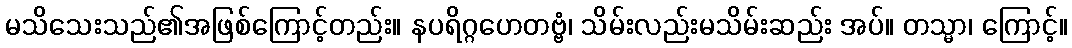
မသိသေးသည်၏အဖြစ်ကြောင့်တည်း။ နပရိဂ္ဂဟေတဗ္ဗံ၊ သိမ်းလည်းမသိမ်းဆည်း အပ်။ တသ္မာ၊ ကြောင့်။